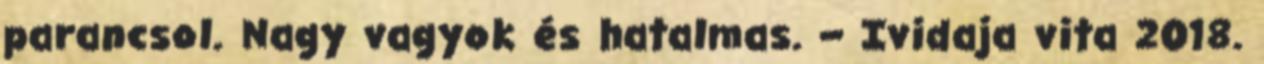
parancsol. Nagy vagyok és hatalmas. – Ividaja vita 2018.